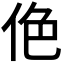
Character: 𠈜